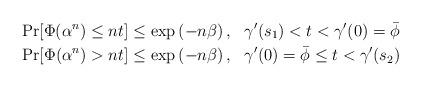
LaTeX: \begin{align*}\Pr[\Phi(\alpha^n) \le n t] &\le \exp\left(- n \beta\right), \ \ \gamma'(s_1) < t < \gamma'(0)=\bar{\phi} \\\Pr[\Phi(\alpha^n) > n t] &\le \exp\left(- n \beta\right), \ \ \gamma'(0)=\bar{\phi} \le t < \gamma'(s_2)\end{align*}